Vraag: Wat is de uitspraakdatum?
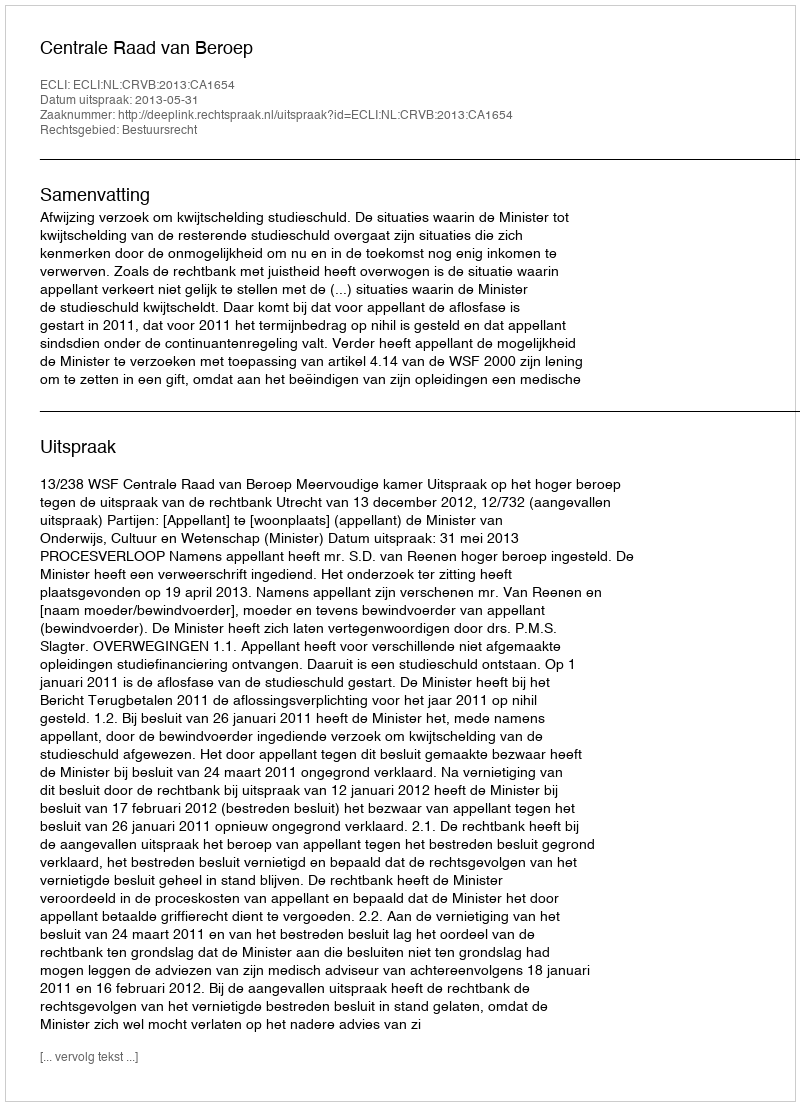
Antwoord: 2013-05-31